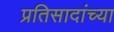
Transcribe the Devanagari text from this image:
प्रतिसादांच्या